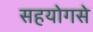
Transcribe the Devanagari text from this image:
सहयोगसे